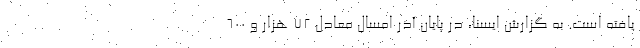
یافته است. به گزارش ایسنا، در پایان آذر امسال معادل ۷۲ هزار و ۶۰۰